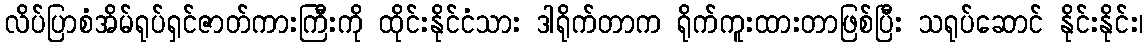
လိပ်ပြာစံအိမ်ရုပ်ရှင်ဇာတ်ကားကြီးကို ထိုင်းနိုင်ငံသား ဒါရိုက်တာက ရိုက်ကူးထားတာဖြစ်ပြီး သရုပ်ဆောင် နိုင်းနိုင်း၊